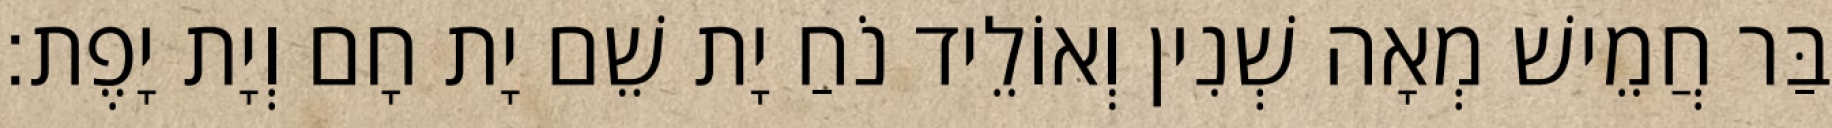
בַּר חֲמֵישׁ מְאָה שְׁנִין וְאוֹלֵיד נֹחַ יָת שֵׁם יָת חָם וְיָת יָפֶת׃